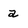
Character: a